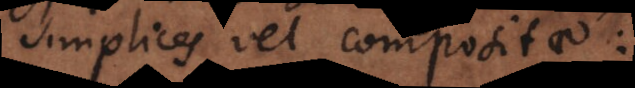
simplices vel compositae: